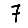
Digit: 7